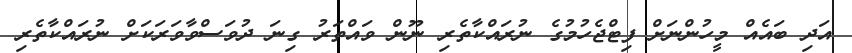
އަދި ބައެއް މީހުންނަށް ފިޓްޖެހުމުގެ ނުރައްކާތެރި ނޫން ވައްތަރު ގިނަ ދުވަސްވާވަރަކަށް ނުރައްކާތެރި